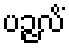
ပဉ္ဇလိံ